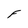
Character: F